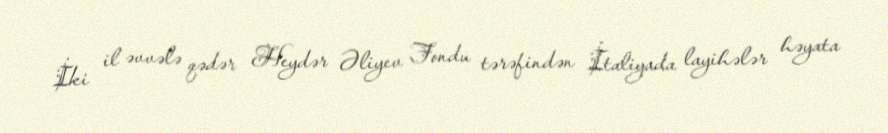
İki il əvvələ qədər Heydər Əliyev Fondu tərəfindən İtaliyada layihələr həyata